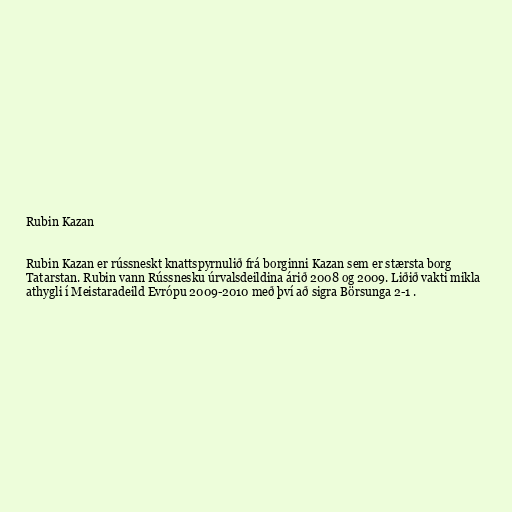
Rubin Kazan

Rubin Kazan er rússneskt knattspyrnulið frá borginni Kazan sem er stærsta borg
Tatarstan. Rubin vann Rússnesku úrvalsdeildina árið 2008 og 2009. Liðið vakti mikla
athygli í Meistaradeild Evrópu 2009-2010 með því að sigra Börsunga 2-1 .